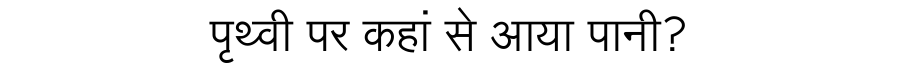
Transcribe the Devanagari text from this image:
पृथ्वी पर कहां से आया पानी?